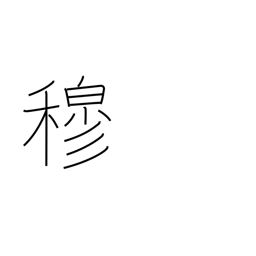
Meaning: respectful